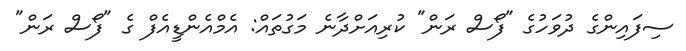
ސިފައިންގެ ދުވަހުގެ "ފޯސް ރަން" ކުރިއަށްދާނެ މަގުތައް: އެމްއެންޑީއެފް ގެ "ފޯސް ރަން"